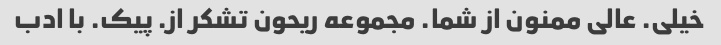
خیلی. عالی ممنون از شما. مجموعه ریحون تشکر از. پیک. با ادب